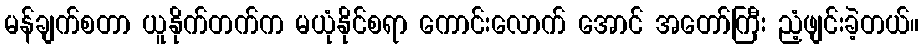
မန်ချက်စတာ ယူနိုက်တက်က မယုံနိုင်စရာ ကောင်းလောက် အောင် အတော်ကြီး ညံ့ဖျင်းခဲ့တယ်။